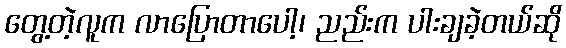
တွေ့တဲ့လူက လာပြောတာပေါ့၊ ညည်းက ပါးချခဲ့တယ်ဆို